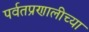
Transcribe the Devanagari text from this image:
पर्वतप्रणालीच्या